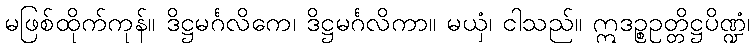
မဖြစ်ထိုက်ကုန်။ ဒိဋ္ဌမင်္ဂလိကေ၊ ဒိဋ္ဌမင်္ဂလိကာ။ မယှံ၊ ငါသည်။ ဣဒဉ္စဥတ္တိဋ္ဌပိဏ္ဍံ၊